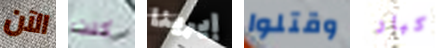
الآن كنت إيرينا وقتلوا كبار